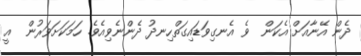
ދެން އޭނާއަށް އެކަން  ވެ އެނގިވަޑައިގަތްހިނދު ދެންނެވިއެވެ. ހަމަކަށަވަރުން  އީ